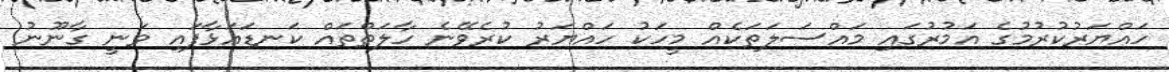
ހައްޔަރުކުރުމުގެ އަމުރުގައި މައްސަލަތަކެއް މީހަކު ހައްޔަރު ކުރެވޭނެ ހާލަތްތައް ކަނޑައަޅާފައި ވަނީ ގާނޫނު